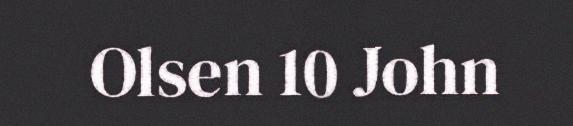
Olsen 10 John